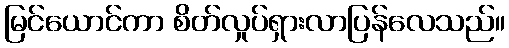
မြင်ယောင်ကာ စိတ်လှုပ်ရှားလာပြန်လေသည်။